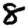
Digit: 8